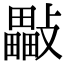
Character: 𣀜